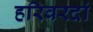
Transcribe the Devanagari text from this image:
हरिवरदां